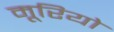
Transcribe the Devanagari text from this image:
मूरियो